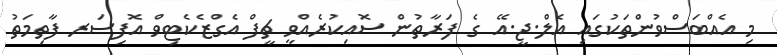
މި އެއްބަސްވުންތަކުގައި އެލް.ޖީ.އޭ ގެ ފަރާތުން ސޮއިކުރެއްވީ ޗީފް އެގްޒެކެޓިވް އޮފިސަރ ފާތިމަތު